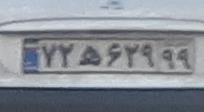
۷۲ه۶۲۹۹۹